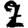
Digit: 2